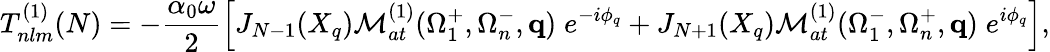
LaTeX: T_{nlm}^{(1)}(N)=-\frac{\alpha_{0}\omega}{2}\left[J_{N-1}(X_{q}){\cal M}_{at}^{(1)}(\Omega_{1}^{+},\Omega_{n}^{-},\mathbf{q})\; e^{-i\phi_{q}}+J_{N+1}(X_{q}){\cal M}_{at}^{(1)}(\Omega_{1}^{-},\Omega_{n}^{+},\mathbf{q})\; e^{i\phi_{q}}\right],